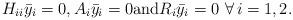
LaTeX: \begin{align*}H_{ii} \bar y_i=0, A_i\bar{y}_i=0 {\rm and} R_i\bar{y}_i=0 \,\,\forall\, i=1,2.\end{align*}